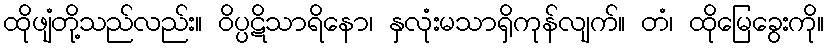
ထိုဖျံတို့သည်လည်း။ ဝိပ္ပဋိသာရိနော၊ နှလုံးမသာရှိကုန်လျက်။ တံ၊ ထိုမြေခွေးကို။